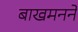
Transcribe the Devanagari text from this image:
बाखमनने